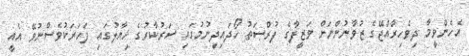
އެހެންވީމާ ދިވެހިރާއްޖޭގެ ޒުވާނުންނަށް ވަޒީފާގެ ފުރްޞަތު ހޯދައިދިނުމުގައި ސަރުކާރުގެ ޚިޔާލުގައި ފަހަރަކުވެސްނުވޭ އެއީ